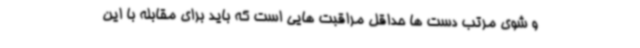
و شوی مرتب دست ها حداقل مراقبت هایی است که باید برای مقابله با این